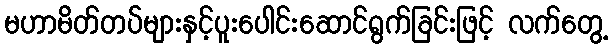
မဟာမိတ်တပ်များနှင့်ပူးပေါင်းဆောင်ရွက်ခြင်းဖြင့် လက်တွေ့